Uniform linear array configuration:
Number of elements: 12
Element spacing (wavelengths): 1
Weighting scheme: uniform
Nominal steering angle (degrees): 30
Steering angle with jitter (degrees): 31.542
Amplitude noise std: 0.05
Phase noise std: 0.05

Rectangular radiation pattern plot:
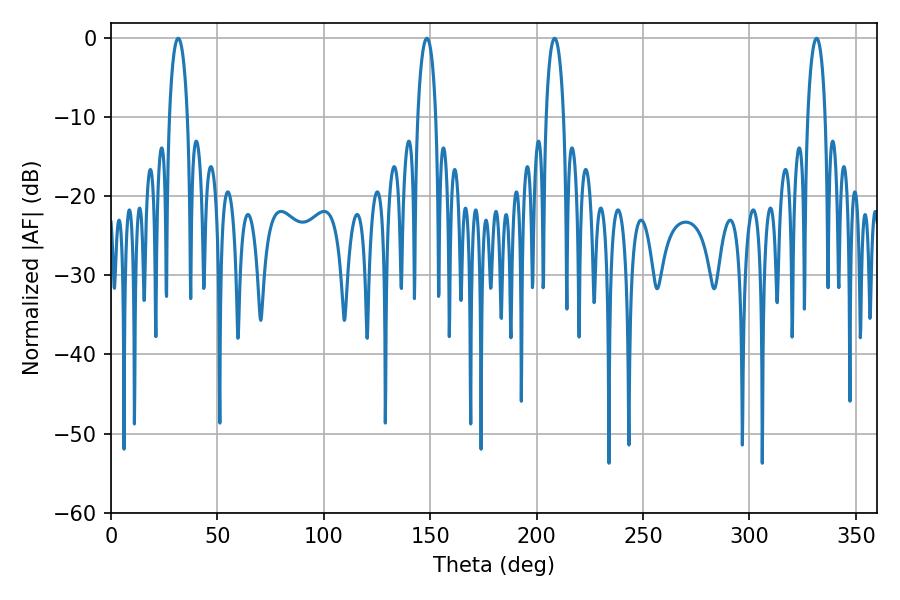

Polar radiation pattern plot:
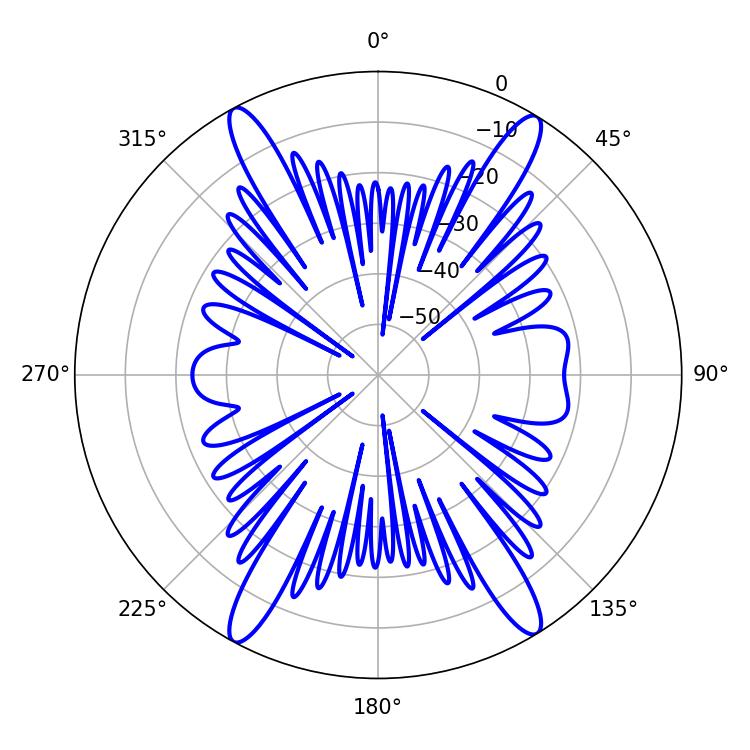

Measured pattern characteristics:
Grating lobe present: TRUE
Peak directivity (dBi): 21.587
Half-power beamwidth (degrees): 4.68
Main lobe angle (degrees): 208.44